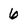
Character: 6